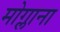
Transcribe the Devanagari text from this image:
मोग्लाना